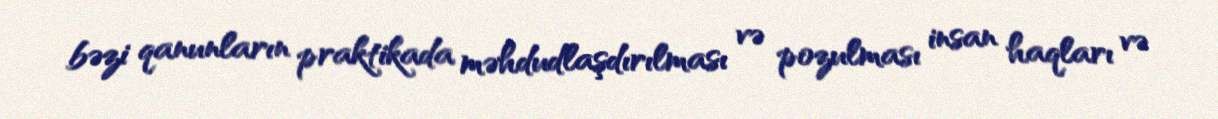
bəzi qanunların praktikada məhdudlaşdırılması və pozulması insan haqları və